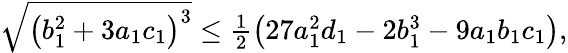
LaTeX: \begin{array}{r}{\sqrt{\left(b_{1}^{2}+3a_{1}c_{1}\right)^{3}}\leq\frac{1}{2}\left(27a_{1}^{2}d_{1}-2b_{1}^{3}-9a_{1}b_{1}c_{1}\right),}\end{array}